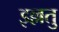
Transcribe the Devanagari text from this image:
इल्लतु